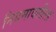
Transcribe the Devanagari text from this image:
नियमावलीला